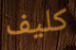
كليف